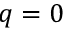
q = 0